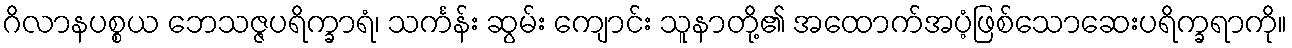
ဂိလာနပစ္စယ ဘေသဇ္ဇပရိက္ခာရံ၊ သင်္ကန်း ဆွမ်း ကျောင်း သူနာတို့၏ အထောက်အပံ့ဖြစ်သောဆေးပရိက္ခရာကို။